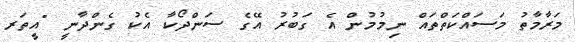
މަރާމާތު މަސައްކަތްތައް ނިމުމުން އެ ގަބުރު އޭގެ ސަންދޯކާ އެކު ގެންދާނީ "އީތަރ